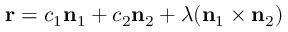
\mathbf { r } = c _ { 1 } \mathbf { n } _ { 1 } + c _ { 2 } \mathbf { n } _ { 2 } + \lambda ( \mathbf { n } _ { 1 } \times \mathbf { n } _ { 2 } )